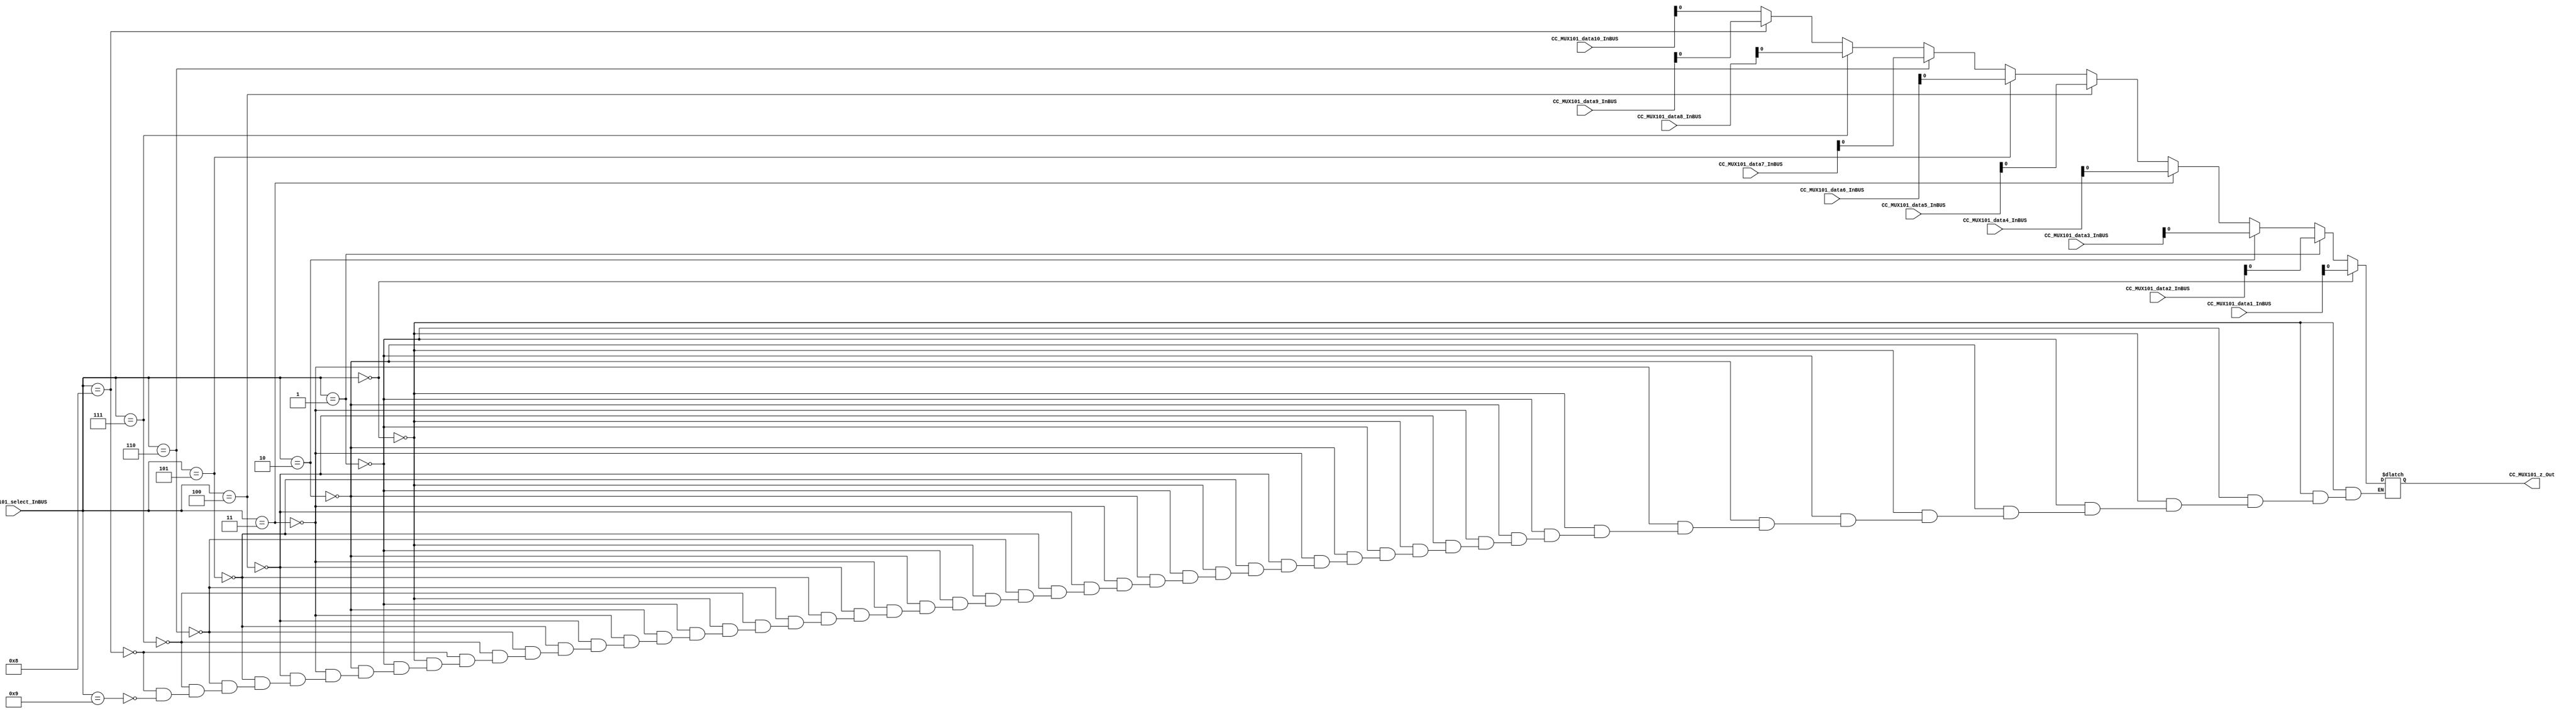

//=======================================================
//  MODULE Definition
//=======================================================
module CC_MUX101 #(parameter MUX101_SELECTWIDTH=4,parameter MUX101_DATAWIDTH=8)(
//////////// OUTPUTS //////////
	CC_MUX101_z_Out,
//////////// INPUTS //////////
	CC_MUX101_select_InBUS,
	CC_MUX101_data1_InBUS,
	CC_MUX101_data2_InBUS,
    CC_MUX101_data3_InBUS,
	CC_MUX101_data4_InBUS,
    CC_MUX101_data5_InBUS,
	CC_MUX101_data6_InBUS,
    CC_MUX101_data7_InBUS,
	CC_MUX101_data8_InBUS,
	 CC_MUX101_data9_InBUS,
	CC_MUX101_data10_InBUS
);
//=======================================================
//  PARAMETER declarations
//=======================================================

//=======================================================
//  PORT declarations
//=======================================================
output	reg CC_MUX101_z_Out;
input 	[MUX101_SELECTWIDTH-1:0]CC_MUX101_select_InBUS;
input 	[MUX101_DATAWIDTH-1:0] CC_MUX101_data1_InBUS;
input 	[MUX101_DATAWIDTH-1:0] CC_MUX101_data2_InBUS;
input 	[MUX101_DATAWIDTH-1:0] CC_MUX101_data3_InBUS;
input 	[MUX101_DATAWIDTH-1:0] CC_MUX101_data4_InBUS;
input 	[MUX101_DATAWIDTH-1:0] CC_MUX101_data5_InBUS;
input 	[MUX101_DATAWIDTH-1:0] CC_MUX101_data6_InBUS;
input 	[MUX101_DATAWIDTH-1:0] CC_MUX101_data7_InBUS;
input 	[MUX101_DATAWIDTH-1:0] CC_MUX101_data8_InBUS;
input 	[MUX101_DATAWIDTH-1:0] CC_MUX101_data9_InBUS;
input 	[MUX101_DATAWIDTH-1:0] CC_MUX101_data10_InBUS;
//=======================================================
//  REG/WIRE declarations
//=======================================================

//=======================================================
//  Structural coding
//=======================================================
always @(CC_MUX101_data1_InBUS or CC_MUX101_select_InBUS or CC_MUX101_data2_InBUS 
        or CC_MUX101_data2_InBUS or  CC_MUX101_data4_InBUS or CC_MUX101_data5_InBUS or 
         CC_MUX101_data6_InBUS or CC_MUX101_data7_InBUS or CC_MUX101_data8_InBUS )
begin
    if( CC_MUX101_select_InBUS == 0)
      CC_MUX101_z_Out = CC_MUX101_data1_InBUS;   
    else if( CC_MUX101_select_InBUS == 1)
      CC_MUX101_z_Out = CC_MUX101_data2_InBUS;  
    else if( CC_MUX101_select_InBUS == 2)
      CC_MUX101_z_Out = CC_MUX101_data3_InBUS;  
    else if( CC_MUX101_select_InBUS == 3)
      CC_MUX101_z_Out = CC_MUX101_data4_InBUS;  
    else if( CC_MUX101_select_InBUS == 4)
      CC_MUX101_z_Out = CC_MUX101_data5_InBUS;  
    else if( CC_MUX101_select_InBUS == 5)
      CC_MUX101_z_Out = CC_MUX101_data6_InBUS;  
    else if( CC_MUX101_select_InBUS == 6)
      CC_MUX101_z_Out = CC_MUX101_data7_InBUS;  
    else if( CC_MUX101_select_InBUS == 7)
      CC_MUX101_z_Out = CC_MUX101_data8_InBUS; 
	else if( CC_MUX101_select_InBUS == 8)
      CC_MUX101_z_Out = CC_MUX101_data9_InBUS; 
	else if( CC_MUX101_select_InBUS == 9)
      CC_MUX101_z_Out = CC_MUX101_data10_InBUS; 
	
    else	
	   CC_MUX101_z_Out = CC_MUX101_z_Out;
end

endmodule